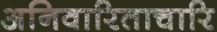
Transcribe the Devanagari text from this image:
अनिवारिताचारि